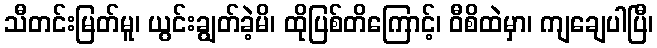
သီတင်းမြတ်မူ၊ ယွင်းချွတ်ခဲ့မိ၊ ထိုပြစ်တိကြောင့်၊ ဝီစိထဲမှာ၊ ကျချေပါပြီ၊